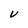
Character: v